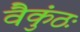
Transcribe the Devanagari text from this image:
वैकुंठः